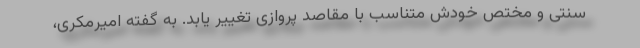
سنتی و مختص خودش متناسب با مقاصد پروازی تغییر یابد. به گفته امیرمکری،